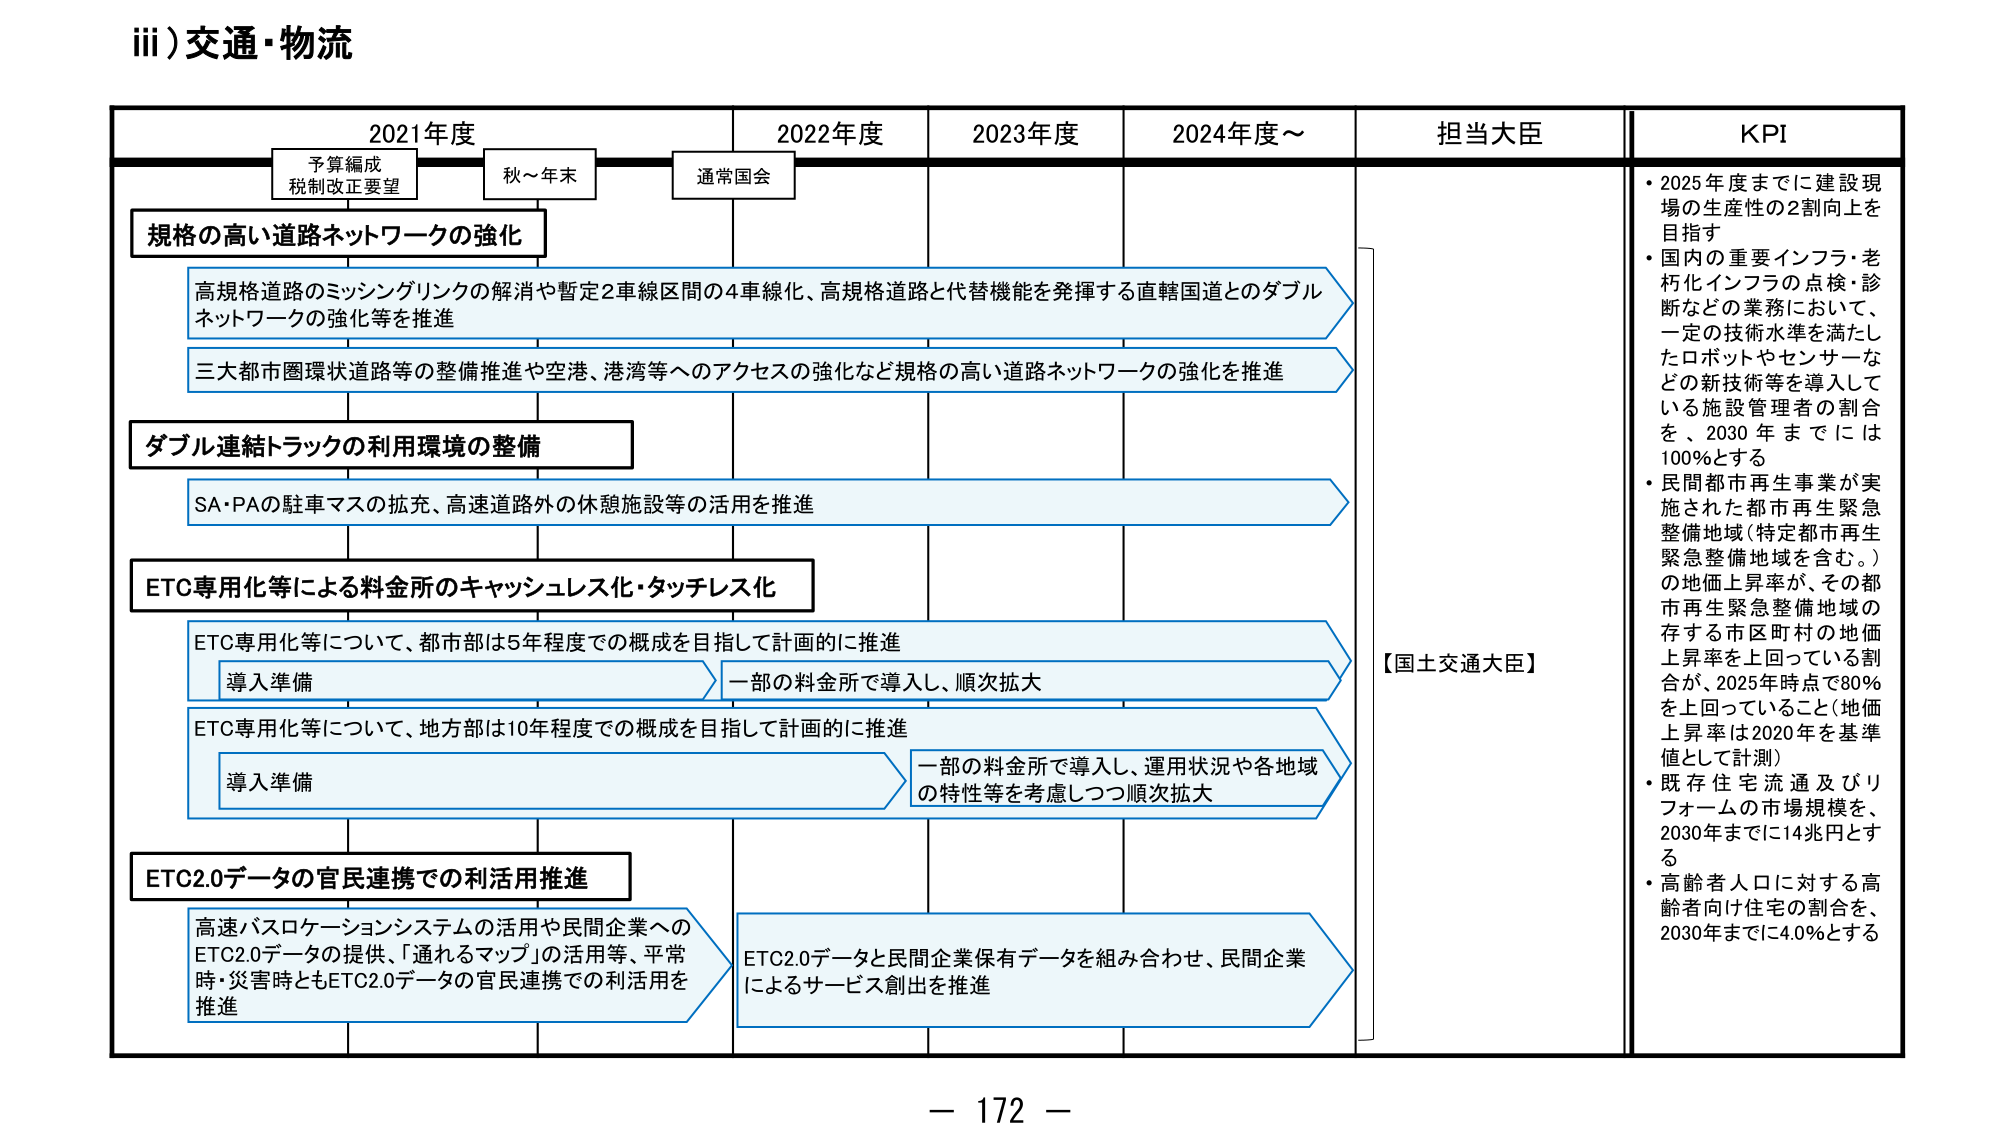
iii) 交通・物流

2021年度　　　　　2022年度　　　　2023年度　　　　2024年度～　　　担当大臣　　　　KPI

予算編成
税制改正要望　　　秋～年末　　　　通常国会

規格の高い道路ネットワークの強化

高規格道路のミッシングリンクの解消や暫定2車線区間の4車線化、高規格道路と代替機能を発揮する直轄国道とのダブルネットワークの強化等を推進

三大都市圏環状道路等の整備推進や空港、港湾等へのアクセスの強化など規格の高い道路ネットワークの強化を推進

ダブル連結トラックの利用環境の整備

SA・PAの駐車マスの拡充、高速道路外の休憩施設等の活用を推進

ETC専用化等による料金所のキャッシュレス化・タッチレス化

ETC専用化等について、都市部は5年程度での概成を目指して計画的に推進
　導入準備　　　　　　　　　　　　　　　一部の料金所で導入し、順次拡大

ETC専用化等について、地方部は10年程度での概成を目指して計画的に推進
　導入準備　　　　　　　　　　　　　　　一部の料金所で導入し、運用状況や各地域の特性等を考慮しつつ順次拡大

ETC2.0データの官民連携での利活用推進

高速バスロケーションシステムの活用や民間企業へのETC2.0データの提供、「通れるマップ」の活用等、平常時・災害時ともETC2.0データの官民連携での利活用を推進

ETC2.0データと民間企業保有データを組み合わせ、民間企業によるサービス創出を推進

【国土交通大臣】

・2025年度までに建設現場の生産性の2割向上を目指す
・国内の重要インフラ・老朽化インフラの点検・診断などの業務において、一定の技術水準を満たしたロボットやセンサーなどの新技術等を導入している施設管理者の割合を、2030年までには100%とする
・民間都市再生事業が実施された都市再生緊急整備地域（特定都市再生緊急整備地域を含む。）の地価上昇率が、その都市再生緊急整備地域の存する市区町村の地価上昇率を上回っている割合が、2025年時点で80%を上回っていること（地価上昇率は2020年を基準値として計測）
・既存住宅流通及びリフォームの市場規模を、2030年までに14兆円とする
・高齢者人口に対する高齢者向け住宅の割合を、2030年までに4.0%とする

－ 172 －